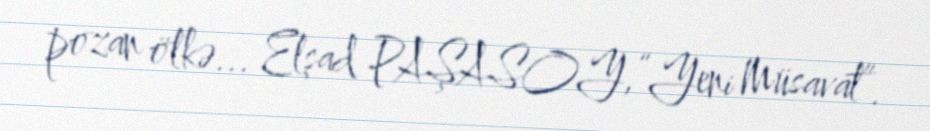
pozan ölkə... Elşad PAŞASOY,“Yeni Müsavat”.